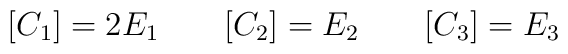
[C_1] = 2E_1 \qquad    [C_2] = E_2 \qquad   [C_3] = E_3